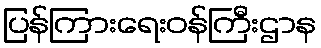
ပြန်ကြားရေးဝန်ကြီးဌာန